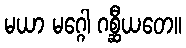
မယာ မဂ္ဂေါ ဂစ္ဆီယတေ။